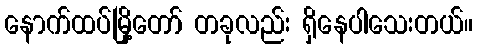
နောက်ထပ်မြို့တော် တခုလည်း ရှိနေပါသေးတယ်။